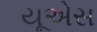
યૂએસ